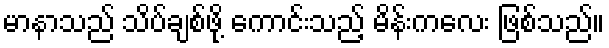
မာနာသည် သိပ်ချစ်ဖို့ ကောင်းသည့် မိန်းကလေး ဖြစ်သည်။